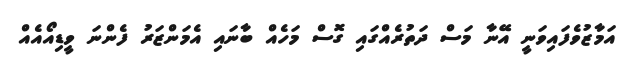
އަމާޒުވެފައިވަނީ އޭނާ މަސް ދަތުރެއްގައި ގޮސް މަހެއް ބާނައި އެމަންޒަރު ފެންނަ ވީޑިއޯއެއް